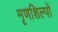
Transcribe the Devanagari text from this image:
मृणशिल्पों